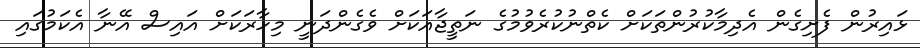
ޅައިރުން ފެށިގެން އެދިމާކުރުންތަކަށް ކެތްނުކުރެވުމުގެ ނަތީޖާއަކަށް ވެގެންދަނީ މިހާރަކަށް އައިސް އޭނާ އެކަމުގައި